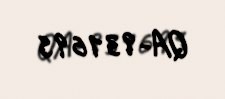
QA-931695